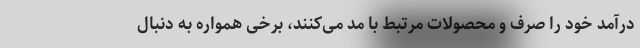
درآمد خود را صرف و محصولات مرتبط با مد می‌کنند، برخی همواره به دنبال